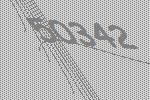
50342